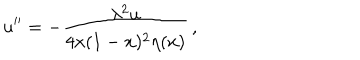
LaTeX: u ^ { \prime \prime } = - \frac { \lambda ^ { 2 } u } { 4 x ( 1 - x ) ^ { 2 } \eta ( x ) } \, ,